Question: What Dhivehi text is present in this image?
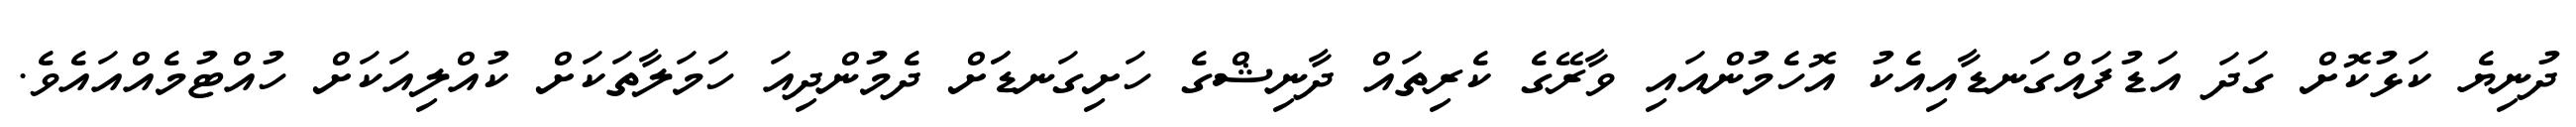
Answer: ދުނިޔެ ކަޅުކޮށް ގަދަ އަޑުފައްގަނޑާއިއެކު އޮހެމުންއައި ވާރޭގެ ކެރިތައް ދާނިޝްގެ ހަށިގަނޑަަށް ދެމުންދިއަ ހަމަލާތަކަށް ކުއްލިއަކަށް ހުއްޓުމެއްއައެވެ.